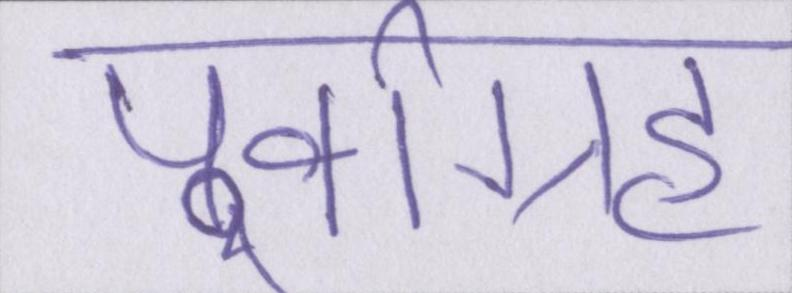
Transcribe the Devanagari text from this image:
पूर्वाग्रह